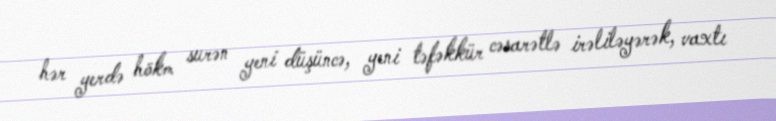
hər yerdə hökm surən yeni düşüncə, yeni təfəkkür cəsarətlə irəliləyərək, vaxtı